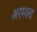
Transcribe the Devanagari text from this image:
अरमज़्द